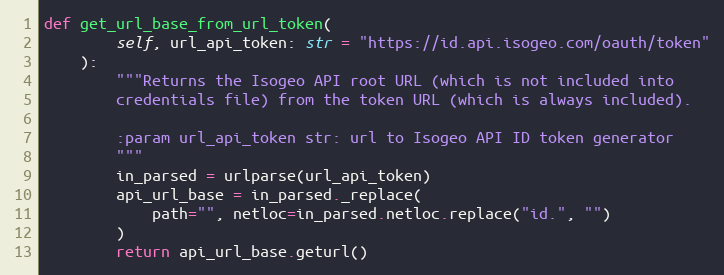
Language: Python
def get_url_base_from_url_token(
        self, url_api_token: str = "https://id.api.isogeo.com/oauth/token"
    ):
        """Returns the Isogeo API root URL (which is not included into
        credentials file) from the token URL (which is always included).

        :param url_api_token str: url to Isogeo API ID token generator
        """
        in_parsed = urlparse(url_api_token)
        api_url_base = in_parsed._replace(
            path="", netloc=in_parsed.netloc.replace("id.", "")
        )
        return api_url_base.geturl()